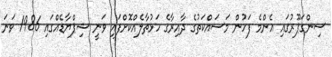
ސިންގަޕޫރުގައި އެންމެ ފަހުން މަސައްކަތުގެ ދާއިރާގެ ހަޅުތާލެއްކޮށްފައި ވަނީ ޝިޕްޔާޑެއްގައި 1986 ވަނަ